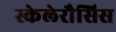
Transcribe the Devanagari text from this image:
स्केलेरौसिस